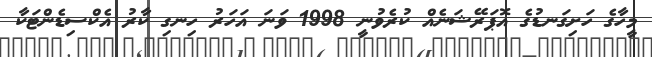
މީހާގެ ހަށިގަނޑުގެ އޮޕަރޭޝަނެއް ކުރެވުނީ 1998 ވަނަ އަހަރު ހިނގި ކާރު އެކްސިޑެންޓަކާ